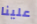
علينا